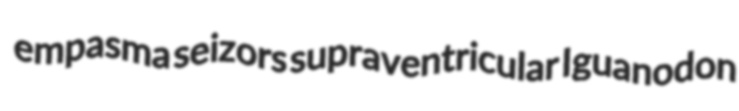
empasma seizors supraventricular Iguanodon